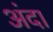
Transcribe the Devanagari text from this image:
अंदा